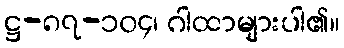
ဋ္ဌ-၈၇-၁၀၄၊ ဂါထာများပါ၏။